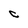
Character: C